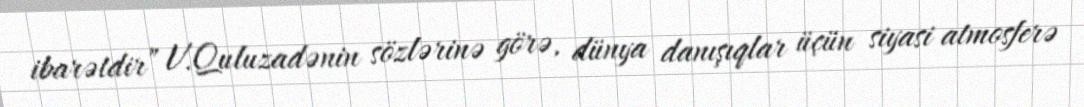
ibarətdir” V.Quluzadənin sözlərinə görə, dünya danışıqlar üçün siyasi atmosferə